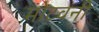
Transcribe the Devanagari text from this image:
मोटवनी